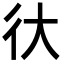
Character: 㣕